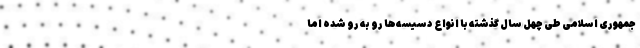
جمهوری اسلامی طی چهل سال گذشته با انواع دسیسه‌ها رو به رو شده اما